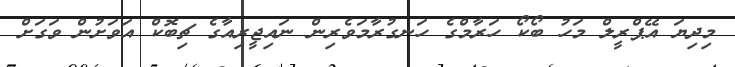
މިދިޔަ އޭޕްރީލް މަހު ބޯކޯ ހަރާމްގެ ހަނގުރާމަވެރިން ނައިޖީރިއާގެ ޗިބޮކް އަވަށުން ވަގަށް